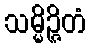
သမ္မိဉ္ဇိတံ